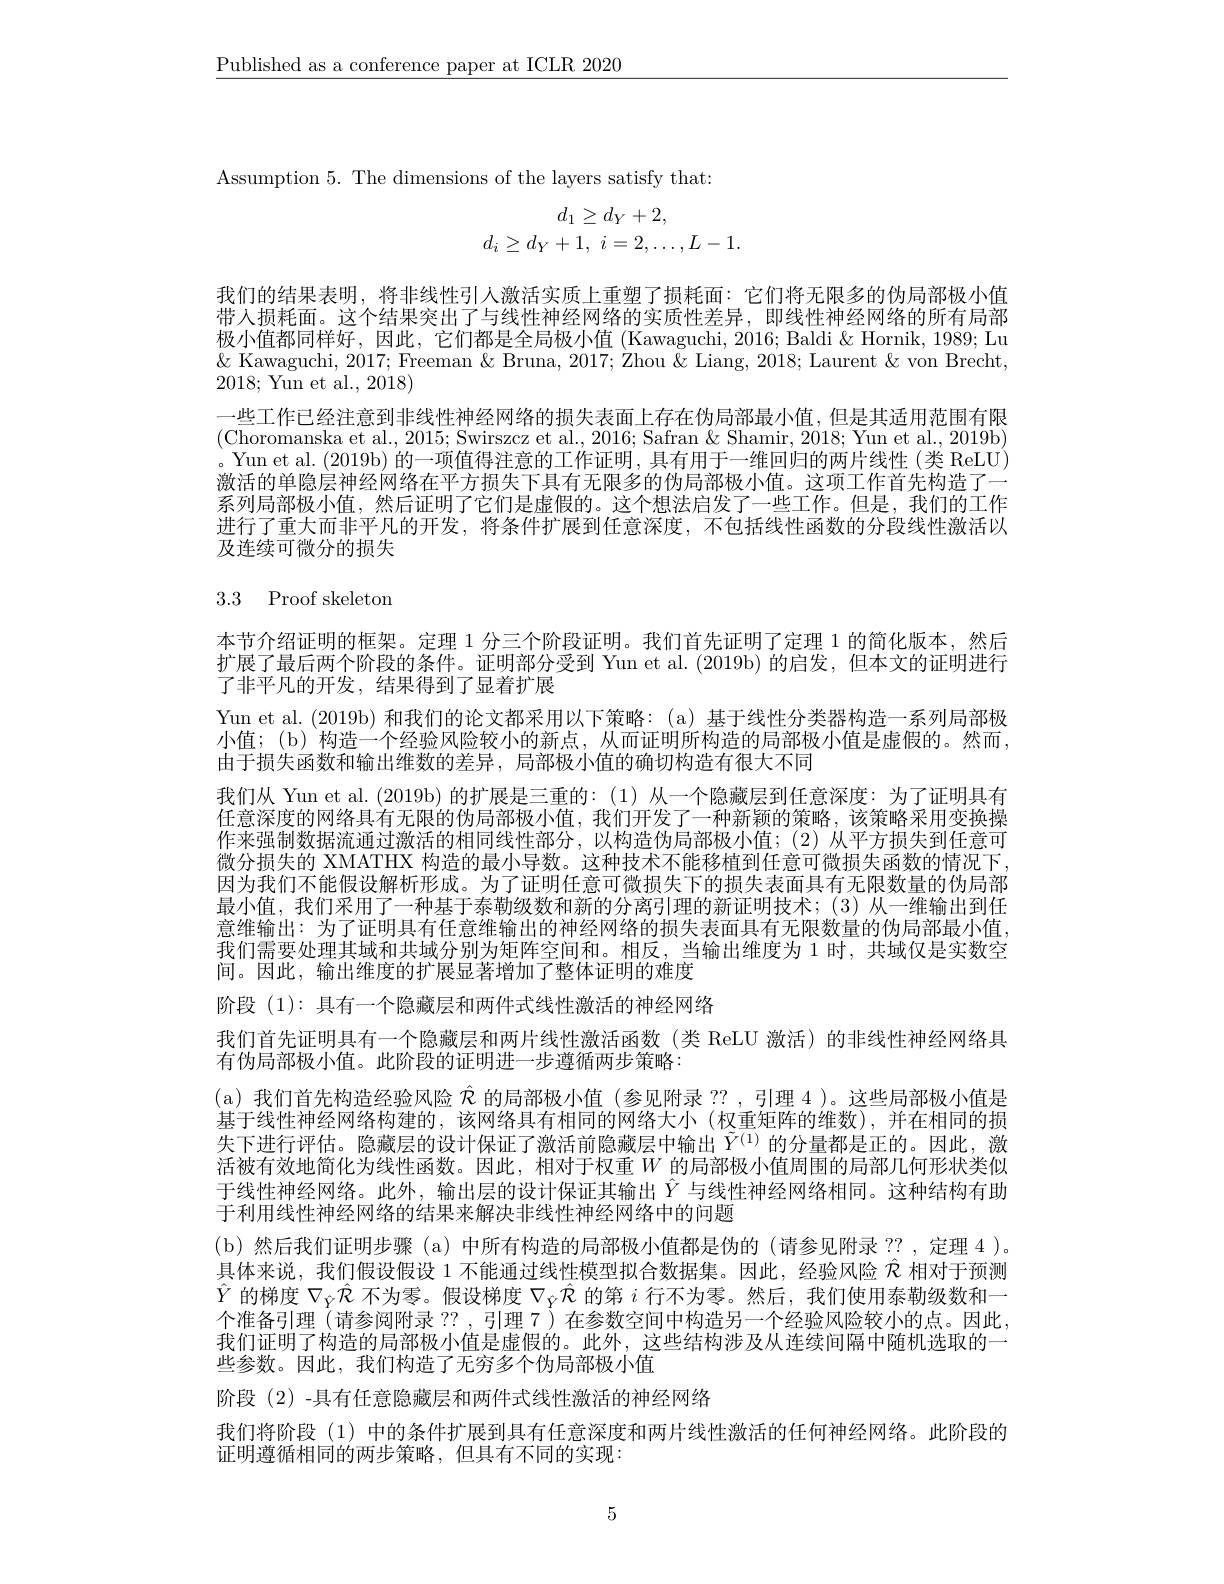
$\underline{\text{Published as a conference paper at ICLR 2020}}$

Assumption 5. The dimensions of the layers satisfy that:
$$\begin{array}{c}d_1\ge d_Y+2,\\d_i\ge d_Y+1,\:i=2,\dots,L-1.\end{array}$$
我们的结果表明，将非线性引人激活实质上重塑了损耗面：它们将无限多的伪局部极小值带人损耗面。这个结果突出了与线性神经网络的实质性差异，即线性神经网络的所有局部极小值都同样好，因此，它们都是全局极小值 (Kawaguchi, 2016; Baldi & Hornik, 1989; Lu $\&$ Kawaguchi, 2017; Freeman & Bruna, 2017; Zhou & Liang, 2018; Laurent & von Brecht, 2018; Yun et al., 2018)
一些工作已经注意到非线性神经网络的损失表面上存在伪局部最小值，但是其适用范围有限(Choromanska et al., 2015; Swirszcz et al., 2016; Safran & Shamir, 2018; Yun et al., 2019b) 。Yun et al. (2019b) 的一项值得注意的工作证明，具有用于一维回归的两片线性 (类 ReLU) 激活的单隐层神经网络在平方损失下具有无限多的伪局部极小值。这项工作首先构造了一系列局部极小值，然后证明了它们是虚假的。这个想法启发了一些工作。但是，我们的工作进行了重大而非平凡的开发，将条件扩展到任意深度，不包括线性函数的分段线性激活以及连续可微分的损失

# 3.3 Proof skeleton

本节介绍证明的框架。定理 1 分三个阶段证明。我们首先证明了定理 1 的简化版本，然后扩展了最后两个阶段的条件。证明部分受到 Yun et al.(2019b) 的启发，但本文的证明进行了非平凡的开发，结果得到了显着扩展
Yun et al. (2019b) 和我们的论文都采用以下策略：(a) 基于线性分类器构造一系列局部极小值；(b)构造一个经验风险较小的新点，从而证明所构造的局部极小值是虚假的。然而， 由于损失函数和输出维数的差异，局部极小值的确切构造有很大不同
我们从 Yun et al.(2019b)的扩展是三重的：(1) 从一个隐藏层到任意深度：为了证明具有任意深度的网络具有无限的伪局部极小值，我们开发了一种新颖的策略，该策略采用变换操作来强制数据流通过激活的相同线性部分，以构造伪局部极小值；(2)从平方损失到任意可微分损失的 XMATHX 构造的最小导数。这种技术不能移植到任意可微损失函数的情况下因为我们不能假设解析形成。为了证明任意可微损失下的损失表面具有无限数量的伪局部最小值，我们采用了一种基于泰勒级数和新的分离引理的新证明技术；(3)从一维输出到任意维输出：为了证明具有任意维输出的神经网络的损失表面具有无限数量的伪局部最小值我们需要处理其域和共域分别为矩阵空间和。相反，当输出维度为1时，共域仅是实数空间。因此，输出维度的扩展显著增加了整体证明的难度
阶段(1):具有一个隐藏层和两件式线性激活的神经网络
我们首先证明具有一个隐藏层和两片线性激活函数(类 ReLU 激活)的非线性神经网络具
有伪局部极小值。此阶段的证明进一步遵循两步策略：
(a)我们首先构造经验风险 $\hat{\text{ 仅 的局部极小值 }}($参见附录 ??,引理 4 )。这些局部极小值是基于线性神经网络构建的，该网络具有相同的网络大小(权重矩阵的维数),并在相同的损失下进行评估。隐藏层的设计保证了激活前隐藏层中输出$\tilde{Y}^{(1)}$ 的分量都是正的。因此，激活被有效地简化为线性函数。因此，相对于权重$W$的局部极小值周围的局部几何形状类似于线性神经网络。此外，输出层的设计保证其输出$\hat{Y}$ 与线性神经网络相同。这种结构有助于利用线性神经网络的结果来解决非线性神经网络中的问题
(b)然后我们证明步骤(a)中所有构造的局部极小值都是伪的(请参见附录 ??,定理 4 )。具体来说，我们假设假设 1 不能通过线性模型拟合数据集。因此，经验风险$\hat{\mathcal{R}}$相对于预测$\hat{Y}$的梯度$\nabla_{\hat{Y}}\hat{\mathcal{R}}$不为零。假设梯度$\nabla_{\hat{Y}}\hat{\mathcal{R}}$的第$i$行不为零。然后，我们使用泰勒级数和一个准备引理 (请参阅附录 ?? ,引理 7 )在参数空间中构造另一个经验风险较小的点。因此， 我们证明了构造的局部极小值是虚假的。此外，这些结构涉及从连续间隔中随机选取的一些参数。因此，我们构造了无穷多个伪局部极小值
阶段 (2) -具有任意隐藏层和两件式线性激活的神经网络
我们将阶段(1)中的条件扩展到具有任意深度和两片线性激活的任何神经网络。此阶段的
证明遵循相同的两步策略，但具有不同的实现：

5